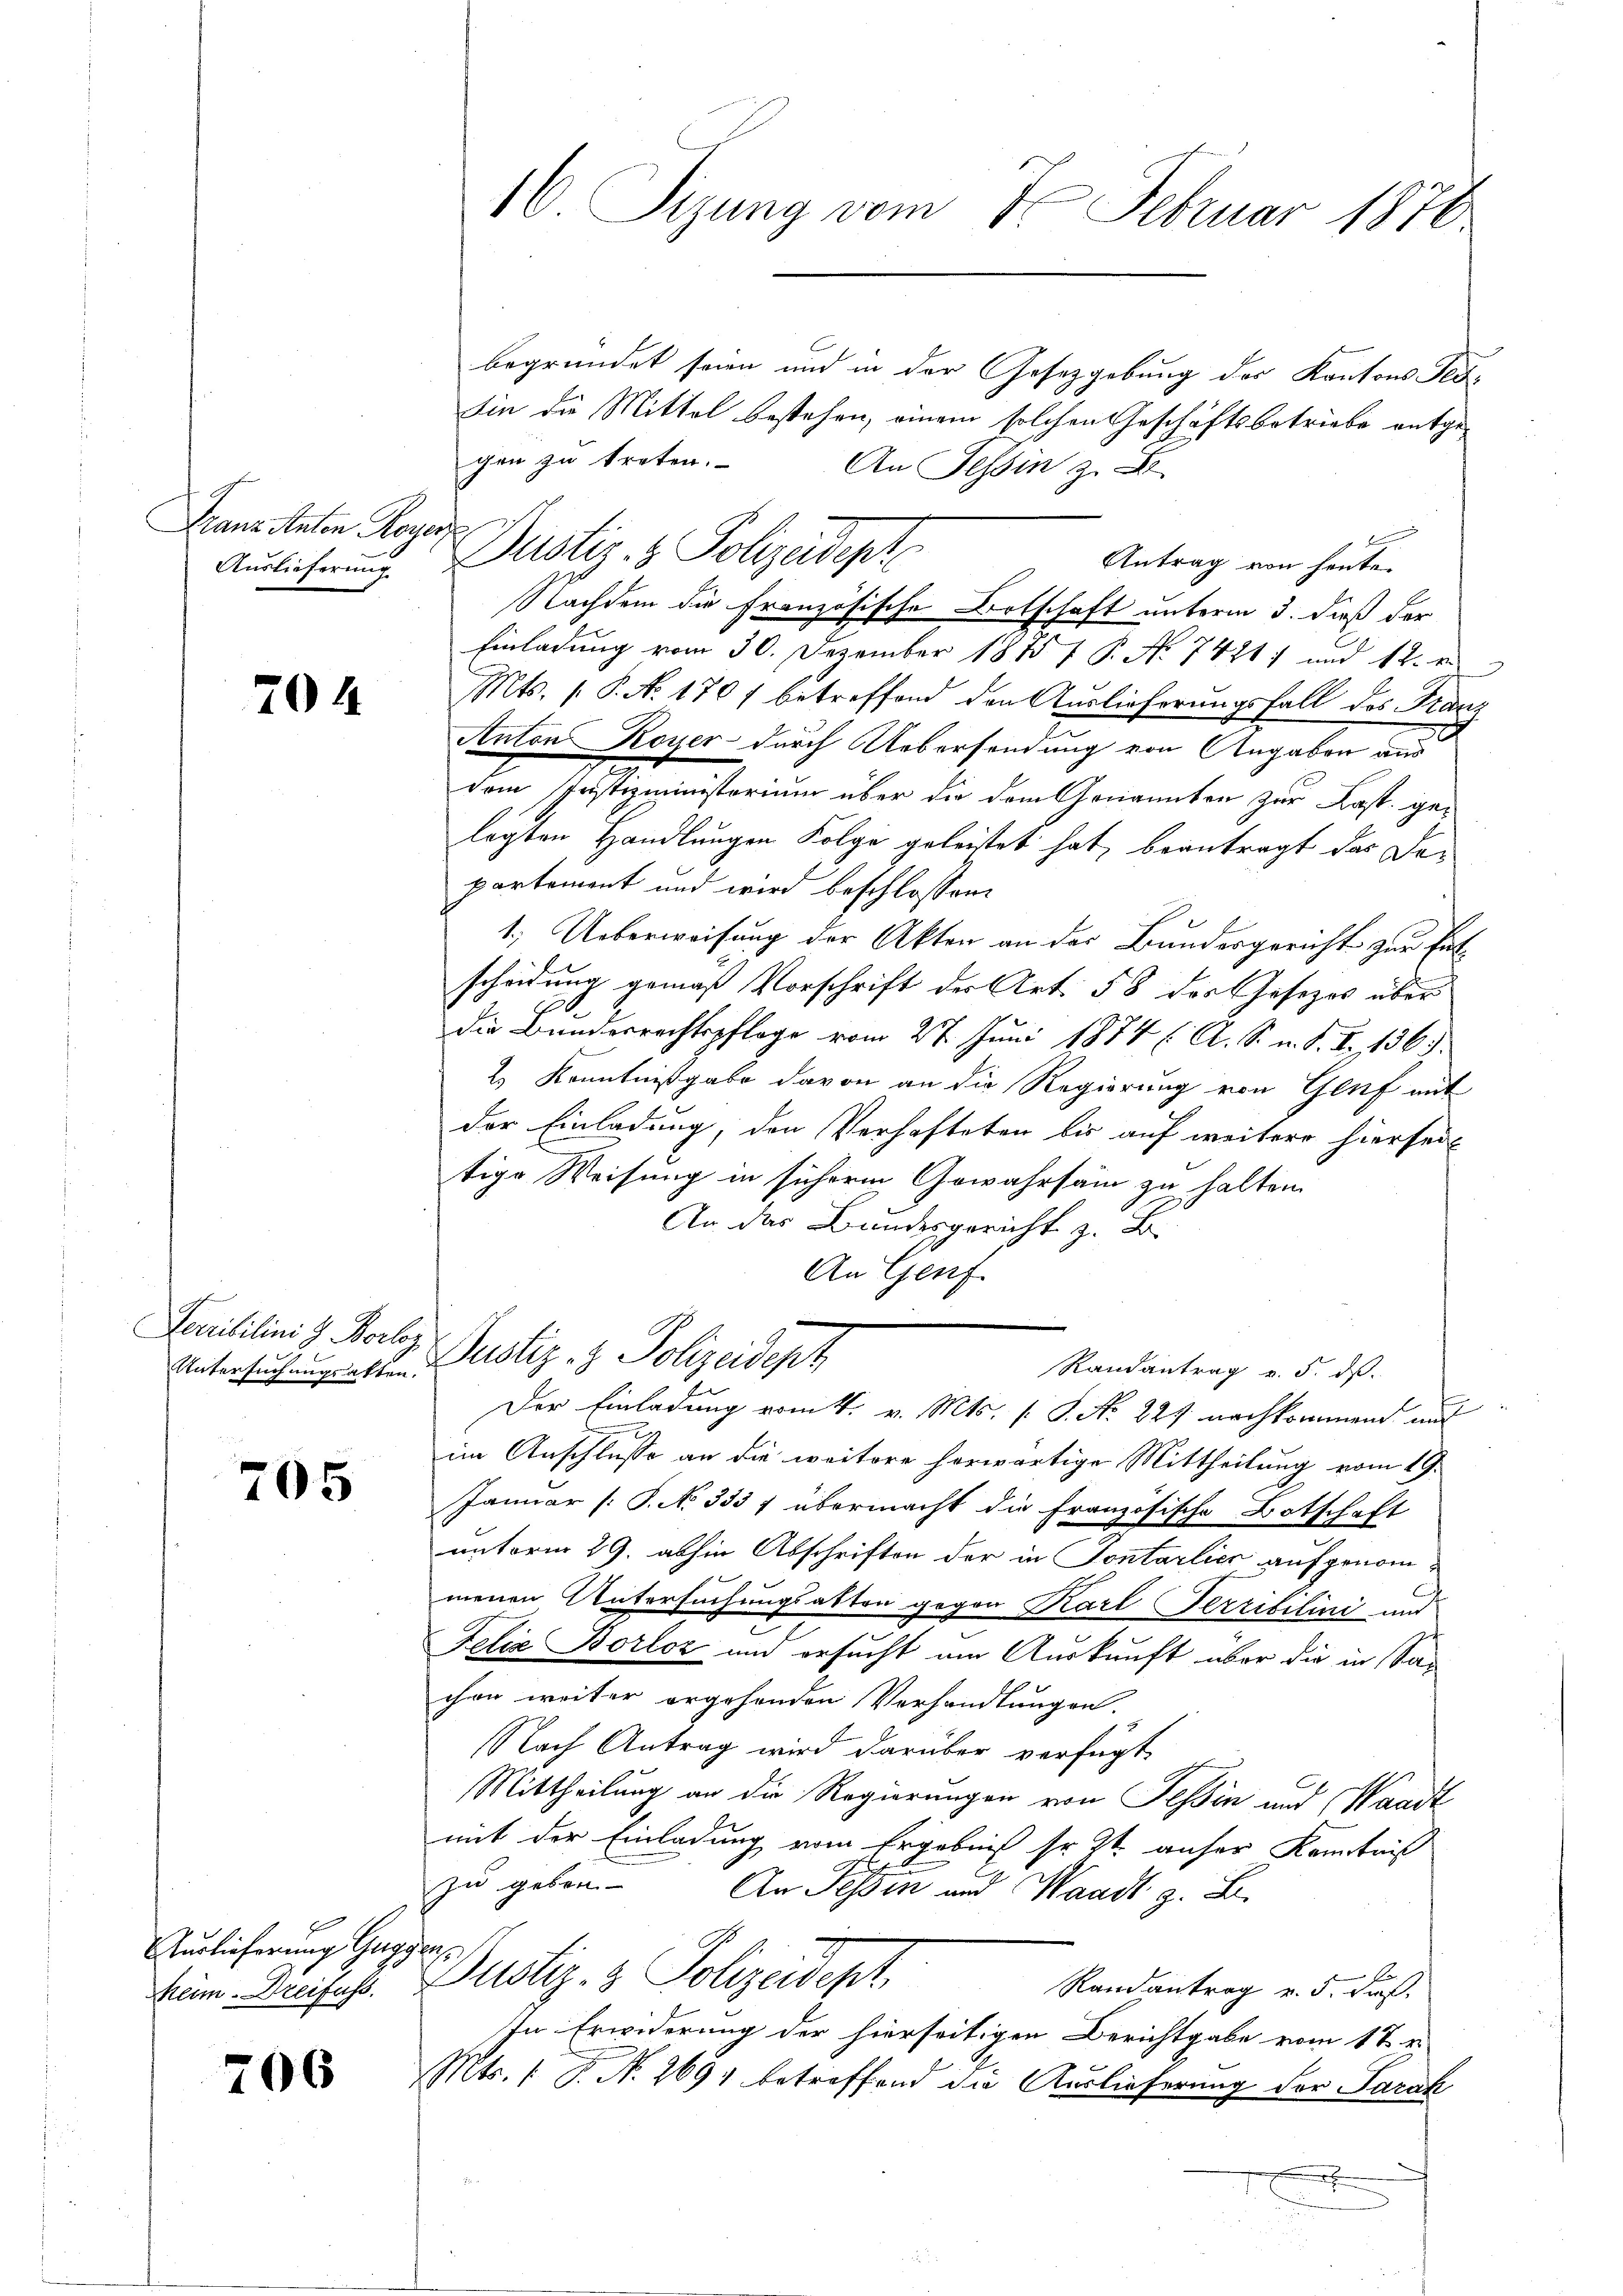
Franz Anton Royerz
Auslieferung

704

Serribilini & Borles
Untersuchungsakten.

705

Auglicherung Guggen,

206

16. Sizung vom 7. Februar 1876.

begründet seien und in der Gesetzgebung des Kantons Fed
Sin die Mittel bestehen, einem solchen Geschäftsbetriebe entgegen zu treten.
An Tessin z. B.
Antrag von heute.
Nachdem die französische Ortschaft unterm 3. dieß der
Einladung vom 30. Dezember 1875 7 P. No 7421 und 12. e
Mts. 1. P. N. 1707 betreffend den Auslieferungsfall des Fran
Anton Royer durch Uebersendung von Angaben aus
dem Justizministorium über die dem Genannten zur Kast. gelegten Handlungen Folge geleistet hat, beantragt das Departement und wird beschlossen:
1. Ueberweisung der Akten an der Bundesgericht zur Entscheidung gemäß Vorschrift der Art. 58 des Gesetzes über
die Bundesrechtspflege vom 27. Juni 1874 ( A. S. m. S. I. 136).
2.) Kenntnißgabe davon an die Regierung von Genf mit
der Einladung, den Verhafteten bis auf weitere hierseit
tige Weisung in sicherm Gewahrsam zu halten.
An das Bundesgericht z. B.
An Genf
Justiz- & Polizeidept
Randantrag v. 5. ds.
Der Einladung vom 4. v. Mts. [S. No 227 nachkommend und
im Anschlusse an die weitere herwärtige Mittheilung vom 19.
Januar (: S. No 333 f übermacht die Französische Botschaft
unterm 29. abhin Abschriften der in Sontarlich aufgenommenen Untersuchungsakten gegen Karl Terribilini und
Felix Borloz und ersucht am Auskunft über die in Sachen weiter ergehenden Verhandlungen.
Nach Antrag wird darüber verfügt
Mittheilung an die Regierungen von Tessin und Waadt
mit der Einladung vom Ergebnis so et anher Kenntniß
zu geben.
An Tessin und Waadt z. B.
Zum Dreifuss. Pustiz- & Polizeidept,
Randantrag v. 5. Fuß.
In Erwiderung der hierseitigen Berichtgabe vom 1te
Mts. 1. P. N. 269 betreffend die Auslieferung der Parak

Dustiz- & Polizeidepte